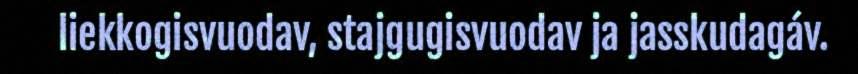
liekkogisvuodav, stajgugisvuodav ja jasskudagáv.